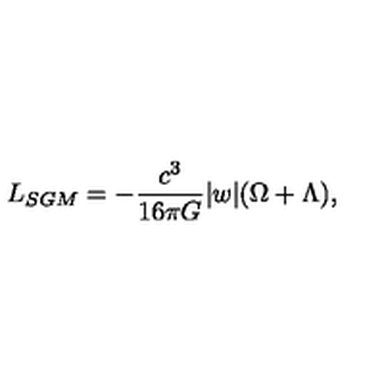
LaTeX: L _ { S G M } = - { \frac { c ^ { 3 } } { 1 6 { \pi } G } } \vert w \vert ( \Omega + \Lambda ) ,